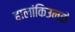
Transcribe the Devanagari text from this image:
हालांकिउनके